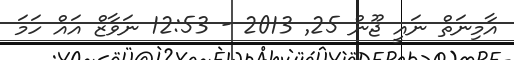
އާމިނަތް ނައީ ޖޫން 25